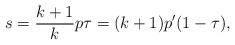
LaTeX: \begin{align*}s = \frac{k+1}{k} p\tau = (k+1) p' (1 - \tau),\end{align*}